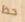
حظ